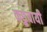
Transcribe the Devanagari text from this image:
कछुवायी